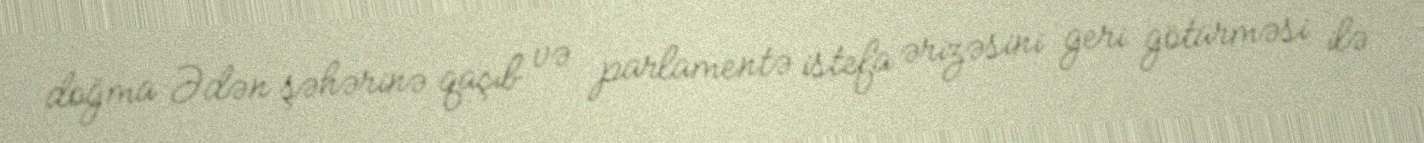
doğma Ədən şəhərinə qaçıb və parlamentə istefa ərizəsini geri götürməsi ilə